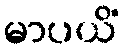
မာပယိံ